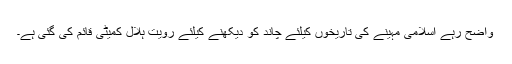
واضح رہے اسلامی مہینے کی تاریخوں کیلئے چاند کو دیکھنے کیلئے رویت ہلال کمیٹی قائم کی گئی ہے۔